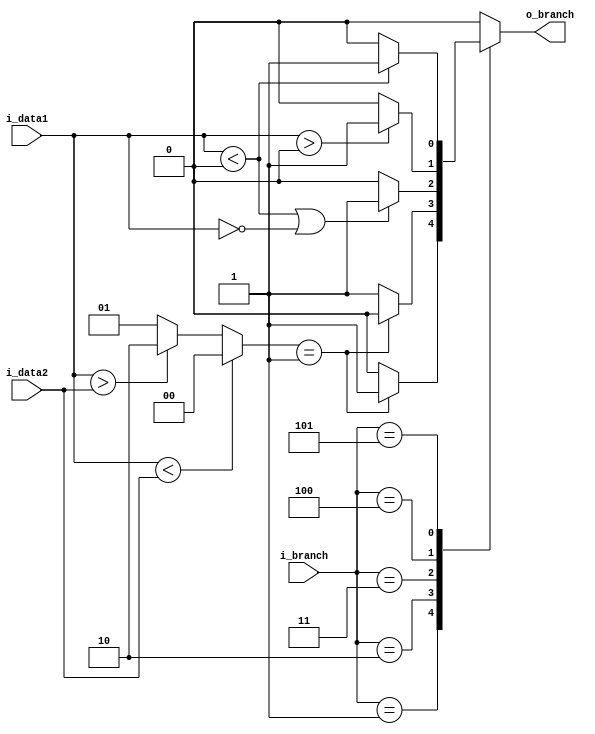
`timescale 1ns / 1ps
module BranchControl(i_data1,
                     i_data2,
                     i_branch,
                     o_branch);
    input signed [31:0] i_data1;
    input signed [31:0] i_data2;
    input [2:0] i_branch;
    output reg o_branch;
    
    wire [1:0] w_relation;
    assign w_relation = (i_data1 < i_data2)?2'b00:
    (i_data1 > i_data2)?2'b10:
    2'b01;
    
    // 00:< 01: = 10:>
    always @(*) begin
        case(i_branch)
            3'b000:begin // no branch
                o_branch <= 0;
            end
            
            3'b001:begin // beq
                case(w_relation)
                2'b01:begin
                    o_branch <= 1;
                end
                default:begin
                    o_branch <= 0;
                end
                endcase
            end
            
            3'b010:begin // bne
                case(w_relation)
                2'b01:begin
                    o_branch <= 0;
                end
                default:begin
                    o_branch <= 1;
                end
                endcase
            end
            
            3'b011:begin // blez
                if (i_data1 < 0 || i_data1 == 0)begin
                    o_branch <= 1;
                end
                else begin
                    o_branch <= 0;
                end
            end
            
            3'b100:begin // bgtz
                if (i_data1>0)begin
                    o_branch <= 1;
                end
                else begin
                    o_branch <= 0;
                end
            end
            
            3'b101:begin // bltz
                if (i_data1<0)begin
                    o_branch <= 1;
                end
                else begin
                    o_branch <= 0;
                end
            end
            
            default:begin
                o_branch <= 0;
            end
            
        endcase
    end
    
endmodule